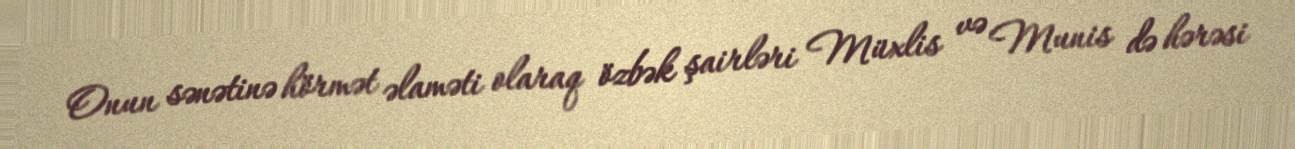
Onun sənətinə hörmət əlaməti olaraq özbək şairləri Müxlis və Munis də hərəsi